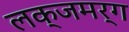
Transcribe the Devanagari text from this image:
लक्जमर्ग